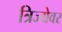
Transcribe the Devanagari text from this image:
त्रिज्येवर